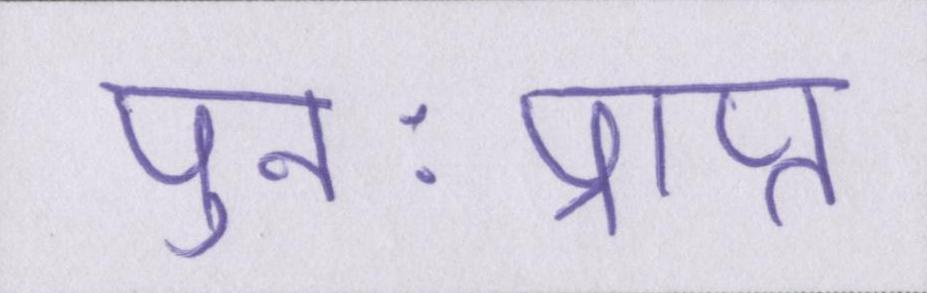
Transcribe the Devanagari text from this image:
पुनःप्राप्त